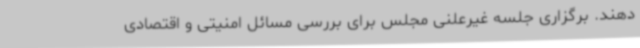
دهند. برگزاری جلسه غیرعلنی مجلس برای بررسی مسائل امنیتی و اقتصادی